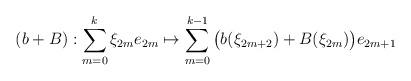
LaTeX: \begin{align*}(b + B) : \sum_{m=0}^k \xi_{2m} e_{2m} \mapsto \sum_{m=0}^{k-1}\big( b(\xi_{2m + 2}) + B(\xi_{2m}) \big) e_{2m+1}\end{align*}